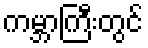
ကမ္ဘာကြီးတွင်